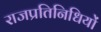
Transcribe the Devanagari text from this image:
राजप्रतिनिधियों